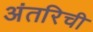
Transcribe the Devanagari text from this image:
अंतरिची